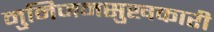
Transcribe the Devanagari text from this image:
मुनिजनसुखकारी